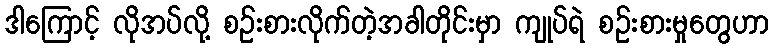
ဒါကြောင့် လိုအပ်လို့ စဉ်းစားလိုက်တဲ့အခါတိုင်းမှာ ကျုပ်ရဲ စဉ်းစားမှုတွေဟာ